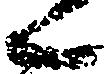
候